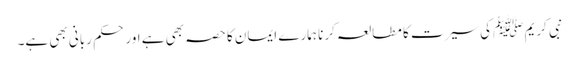
نبی کریم ﷺ کی سیرت کا مطالعہ کرنا ہمارے ایمان کا حصہ بھی ہے اور حکم ربانی بھی ہے۔